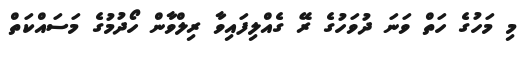
މި މަހުގެ ހަތް ވަނަ ދުވަހުގެ ރޭ ގެއްލިފައިވާ ރިލްވާން ހޯދުމުގެ މަސައްކަތް